Report on sanitation, dispensaries, and jails in Rajputana for 1910, and on vaccination for the year 1910-1911 - 1910-1911
Year: 1910
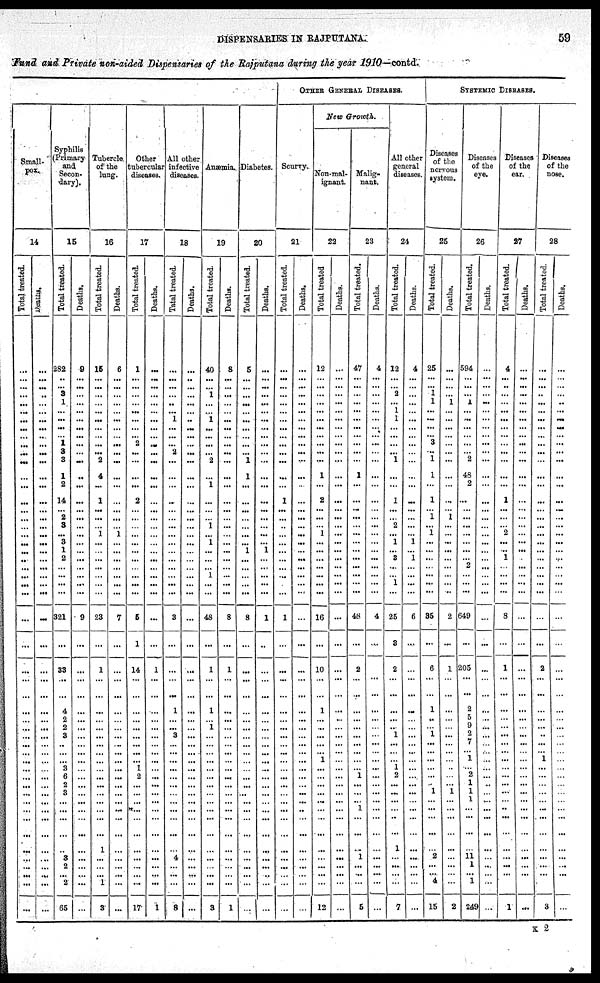
DISPENSARIES IN RAJPUTANA
59
Fund and Private non-aided Dispensaries of the Rajputana during the year 1910—contd.
Small-
pox.
14
Total treated.
...
...
...
...
...
...
...
...
... ...
...
...
...
...
...
...
...
...
...
...
...
...
...
...
...
...
...
...
...
...
...
...
...
...
...
...
...
...
...
...
...
...
...
...
...
...
...
...
...
...
...
...
Deaths.
...
...
...
..
...
...
...
...
... ...
...
...
...
...
...
...
...
...
...
...
...
...
...
...
...
...
...
...
...
...
...
...
...
...
...
...
...
...
...
...
...
...
...
...
...
...
...
...
...
...
...
...
Syphilis
(Primary
and
Secon-
dary).
15
Total treated.
282
...
... 3
1
...
...
...
... 1
2
3
1
2
14
... 2
3
...
3
1
2
...
...
...
...
321
...
33
...
...
4
2
2
3
...
... ...
3
6
2
3
...
...
...
...
...
3
2
... 2
65
Deaths.
0
...
...
...
...
...
...
...
... ...
...
...
...
...
...
...
...
...
...
...
...
...
...
...
...
...
9
...
...
...
...
...
...
...
...
...
... ...
...
...
...
...
...
...
...
...
...
...
...
...
...
...
Tubercle
of the
lung.
16
Total treated.
15
...
...
...
...
...
...
...
... ...
... 2
4
...
1
...
...
...
1
...
...
...
...
...
...
...
23
...
1
...
...
...
...
...
...
...
...
...
...
...
...
...
...
...
...
...
1
...
...
... 1
3
Deaths.
6
...
...
...
...
...
...
...
... ...
...
...
...
...
...
...
...
...
1
...
...
...
...
...
...
...
7
...
...
...
...
...
...
...
...
...
... ...
...
...
...
...
...
...
...
...
...
...
...
...
...
...
Other
tubercular
Diseases.
17
Total treated.
1
...
...
...
...
...
...
...
... 2
...
...
...
...
2
...
...
...
...
...
...
...
...
...
...
...
5
1
14
...
...
...
...
...
...
...
... ...
1
2
...
...
...
...
...
...
...
...
...
...
...
17
Deaths.
...
...
...
...
...
...
...
...
... ...
...
...
...
...
...
...
...
...
...
...
...
...
...
...
...
...
...
...
1
...
...
...
...
...
...
...
... ...
...
...
...
...
...
...
...
...
...
...
...
...
...
1
All other
infective
Diseases.
18
Total treated.
...
...
...
...
..
...
1
...
... ...
2
...
...
...
...
...
...
...
...
...
...
...
...
...
...
...
3
...
...
...
...
1
...
...
3
...
... ...
...
...
...
...
...
...
...
...
...
4
...
...
...
8
Deaths.
...
..
...
...
...
...
..
...
... ...
...
...
...
...
...
...
...
...
...
...
...
...
...
...
...
...
...
...
...
...
...
...
...
...
...
...
...
...
...
...
...
...
...
...
...
...
...
...
...
...
...
...
Anæmia.
19
Total treated.
40
...
... 1
...
...
1
...
... ...
... 2
...
1
...
...
...
1
...
1
...
...
...
1
...
...
48
...
1
...
...
1
...
1
...
...
... ...
...
...
...
...
...
...
...
...
...
...
...
...
...
3
Deaths.
8
...
...
...
...
...
...
...
... ...
...
...
...
...
...
...
...
...
...
...
...
...
...
...
...
...
8
...
1
...
...
...
...
...
...
...
...
...
...
...
...
...
...
...
...
...
...
...
...
...
...
1
Disbetes.
20
Total treated.
5
...
...
...
...
...
...
...
... ...
... 1
1
...
...
...
...
...
...
...
1
...
...
...
...
...
8
...
...
...
...
...
...
...
...
...
... ...
...
...
...
...
...
...
...
...
...
...
...
...
...
...
Deaths.
...
...
...
...
...
...
...
...
... ...
...
...
...
...
...
...
...
...
...
...
1
...
...
...
...
...
1
...
...
...
...
...
...
...
...
...
... ...
...
...
...
...
...
...
...
...
...
...
...
...
...
...
OTHER GENERAL DISEASES.
Scurvy.
21
Total treated.
...
...
...
...
...
...
...
...
... ...
...
...
...
...
1
...
...
...
...
...
...
...
...
...
...
...
1
...
...
...
...
...
...
...
...
...
...
...
...
...
...
...
...
...
...
...
...
...
...
...
...
...
Deaths.
...
...
...
...
...
...
...
...
... ...
...
....
...
...
...
...
...
...
...
...
...
...
...
...
...
...
...
...
...
...
...
...
...
...
...
...
...
...
...
...
...
...
...
..
...
...
...
...
...
...
...
...
New Growth.
Non-mal-
ignant
22
Total treated
12
...
...
...
...
...
...
...
... ...
...
...
1
...
2
...
...
...
1
...
...
...
...
...
...
...
16
...
10
...
...
1
...
...
...
...
... 1
...
...
...
...
...
...
...
...
...
...
...
...
...
12
Deaths.
...
...
...
...
...
...
...
...
... ...
...
...
...
...
...
...
...
...
...
...
...
...
...
...
...
...
...
...
...
...
...
...
...
...
...
...
... ...
...
...
...
...
...
...
...
...
...
...
...
...
...
...
Malig-
nant.
23
Total treated.
47
...
...
...
...
...
...
...
... ...
...
...
1
...
...
...
...
...
...
...
...
...
...
...
...
...
48
...
2
...
...
...
...
...
...
...
...
...
...
1
...
...
...
1
...
...
...
1
...
...
...
5
Deaths.
4
...
...
...
...
...
...
...
... ...
...
...
...
...
...
...
...
...
...
...
...
...
...
...
...
...
4
...
...
...
...
...
...
...
...
...
... ...
...
...
...
...
...
...
...
...
...
...
...
...
...
...
All other
general
diseases
24
Total treated.
12
...
... 2
...
1
1
...
... ...
... 1
...
...
1
...
...
2
...
1
...
3
...
...
1
...
25
3
2
...
...
...
...
...
1
...
... ...
1
2
...
...
...
...
...
...
1
...
...
...
...
7
Deaths.
4
...
...
...
...
...
...
...
... ...
...
...
...
...
...
...
...
...
...
1
...
1
...
...
...
...
6
...
...
...
...
...
...
...
...
...
...
...
...
...
...
...
...
...
...
...
...
...
...
...
...
...
SYSTEMIC DISEASES.
Diseases
of the
nervous
system.
25
Total treated.
25
...
... 1
1
...
...
...
... 3
... 1
1
...
1
...
1
...
1
...
...
...
...
...
...
...
35
...
6
...
...
1
..
...
1
...
... ...
...
...
...
1
...
...
...
...
...
2
...
... 4
15
Deaths.
...
...
...
...
1
...
...
...
... ...
...
...
...
...
...
...
1
...
...
...
...
...
...
...
...
...
2
...
1
...
...
...
...
...
...
...
... ...
...
...
...
1
...
...
...
...
...
...
...
...
...
2
Diseases
of the
eye.
26
Total treated.
594
...
...
...
1
...
...
...
... ...
... 2
48
2
...
...
...
...
...
...
...
...
2
...
...
...
649
...
205
...
...
2
5
9
2
7
... 1
...
2
1
1
1
...
...
...
...
11
1
... 1
249
Deaths.
...
...
...
...
...
...
...
...
... ...
...
...
...
...
...
...
...
...
...
...
...
...
...
...
...
...
...
...
...
...
...
...
..
...
...
...
... ...
...
...
...
...
...
...
...
...
...
...
...
...
...
...
Diseases
of the
ear.
27
Total treated.
4
...
..
...
...
...
...
...
... ...
...
...
...
...
1
...
...
...
2
...
..
1
...
...
...
...
8
...
1
...
...
...
...
...
...
...
... ...
...
...
...
...
...
...
...
...
...
...
...
...
...
1
Deaths.
...
...
...
...
...
...
...
...
... ...
...
...
...
...
...
...
...
...
...
...
...
...
...
...
...
...
...
...
...
...
...
...
...
...
...
...
... ...
...
...
...
...
...
...
...
...
...
...
...
...
...
...
Diseases
of the
nose.
28
Total treated.
...
...
...
...
...
...
...
...
... ...
...
...
...
...
...
...
...
...
...
...
...
...
...
...
...
...
...
...
2
...
...
...
...
...
...
...
... 1
...
...
...
...
...
...
...
...
...
...
...
...
...
3
Deaths.
...
...
...
...
..
...
...
...
... ...
...
...
...
...
...
...
...
...
...
...
...
...
...
...
...
...
...
...
...
...
...
...
...
...
...
...
... ...
...
...
...
...
...
...
...
...
...
...
...
...
...
...
K 2